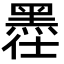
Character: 𪐾